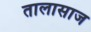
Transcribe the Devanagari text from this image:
तालासाज